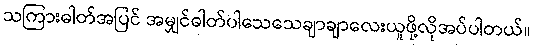
သကြားဓါတ်အပြင် အမျှင်ဓါတ်ပါသေသေချာချာလေးယူဖို့လိုအပ်ပါတယ်။